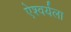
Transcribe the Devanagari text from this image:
ऐश्वर्यला